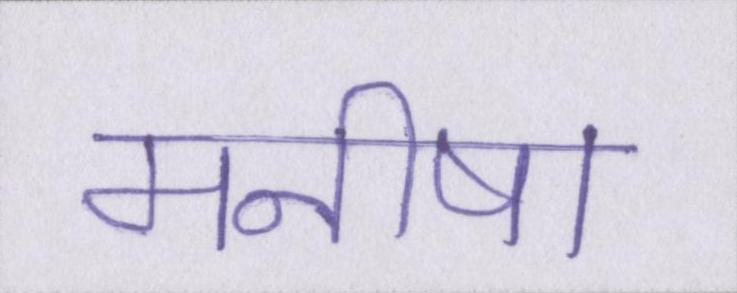
मनीषा